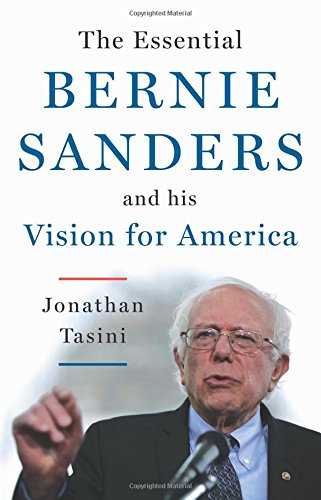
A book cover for The Essential Bernie Sanders and His Vision for America; Jonathan Tasini; Business & Money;